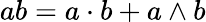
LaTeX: ab=a\cdot b+a\wedge b